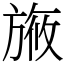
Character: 㫍